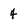
Character: 4